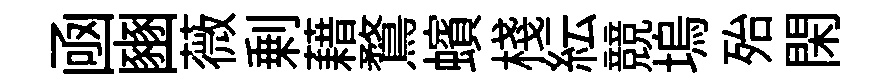
凾豳薇剰藉鶩蠙棧紜競塢殆閑